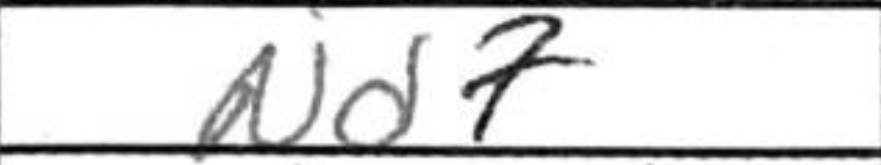
Transcription: Nd7